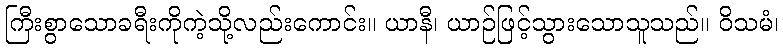
ကြီးစွာသောခရီးကိုကဲ့သို့လည်းကောင်း။ ယာနီ၊ ယာဉ်ဖြင့်သွားသောသူသည်။ ဝိသမံ၊